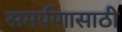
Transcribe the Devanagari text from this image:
समर्पणासाठी